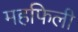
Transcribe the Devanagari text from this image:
महफिली